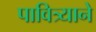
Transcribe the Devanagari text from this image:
पावित्र्याने